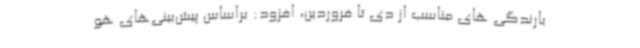
بارندگی های مناسب از دی تا فروردین، افزود: براساس پیش‌بینی‌های هو